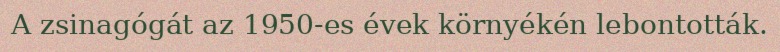
A zsinagógát az 1950-es évek környékén lebontották.